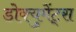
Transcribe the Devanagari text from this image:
डोक्युमेंट्स